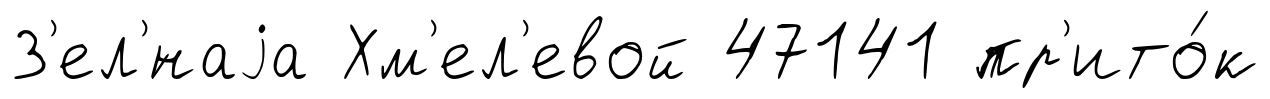
З'ел'́наjа Хм'ел'евой 47141 пр'ито́к